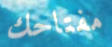
مفتاحك